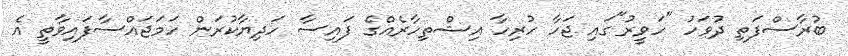
ބުރާސްފަތި ދުވަހު "ހަވީރު"ގައި ޖަހާ ހުރިހާ އިޝްތިހާރެއްގެ ފައިސާ ހަދިޔާކުރަން ހަމަޖައްސާފައިވާތީ އެ